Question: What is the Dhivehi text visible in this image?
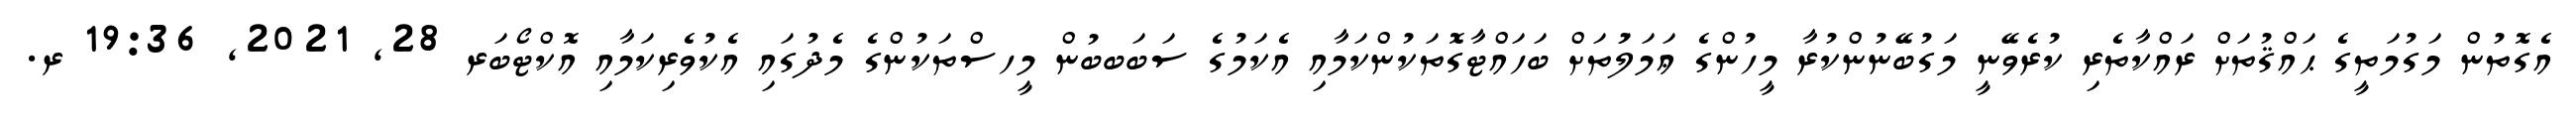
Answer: އެގޮތުން މަގުމަތީގެ ޙައްޤުތަށް ރައްކާތެރި ކުރެވޭނީ މަގުބޭނުންކުރާ މީހުންގެ ޢަމަލަުތަށް ބަހައްޓާގޮތަކުންކަމާއި އެކަމުގެ ސަބަބބުން މީހސްތަކުންގެ މެދުގައި އެކުވެރިކަމާއި އޮކްޓޯބަރ 28, 2021, 19:36 ރ.